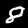
Digit: 8